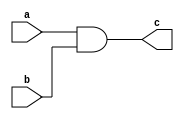
`timescale 1ns / 1ps
//////////////////////////////////////////////////////////////////////////////////
// Company: 
// Engineer: 
// 
// Design Name: 
// Module Name: AND gate
// Project Name: 
// Target Devices: 
// Tool Versions: 
// Description: 
// 
// Dependencies: 
// 
// Revision:
// Revision 0.01 - File Created
// Additional Comments:
// 
//////////////////////////////////////////////////////////////////////////////////


module AND_gate(
    input a,
    input b,
    output c
    );
    
assign c=a&b;
   
endmodule